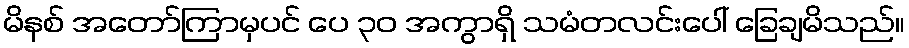
မိနစ် အတော်ကြာမှပင် ပေ ၃၀ အကွာရှိ သမံတလင်းပေါ် ခြေချမိသည်။